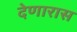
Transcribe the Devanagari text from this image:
देणारास